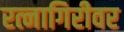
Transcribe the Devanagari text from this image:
रत्नागिरीवर